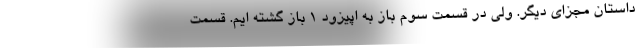
داستان مجزای دیگر. ولی در قسمت سوم باز به اپیزود 1 باز گشته ایم. قسمت